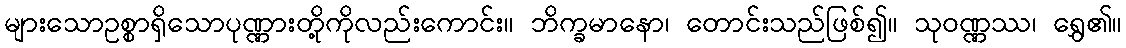
များသောဥစ္စာရှိသောပုဏ္ဏားတို့ကိုလည်းကောင်း။ ဘိက္ခမာနော၊ တောင်းသည်ဖြစ်၍။ သုဝဏ္ဏဿ၊ ရွှေ၏။